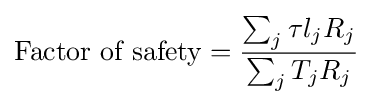
{\text{Factor of safety}}={\frac {\sum _{j}\tau l_{j}R_{j}}{\sum _{j}T_{j}R_{j}}}